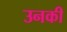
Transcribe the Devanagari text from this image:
उनकी